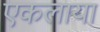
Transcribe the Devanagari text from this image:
एकलाया